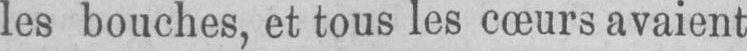
les bouches, et tous les cœurs avaient